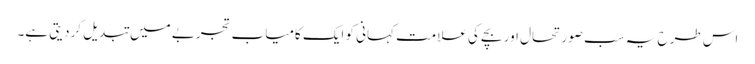
اس طرح یہ سب صورتحال اور بچے کی علامت کہانی کو ایک کامیاب تجربے میں تبدیل کردیتی ہے۔